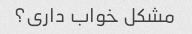
مشکل خواب داری؟